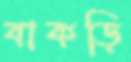
বাকড়ি